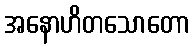
အနောဟိတသောတော